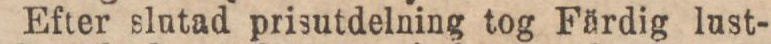
Efter slutad prisutdelning tog Färdig lust-